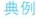
典例